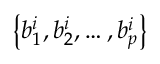
\left\{ b _ { 1 } ^ { i } , b _ { 2 } ^ { i } , \ldots , b _ { p } ^ { i } \right\}